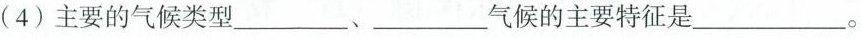
(4)主要的气候类型___、___气候的主要特征是___。